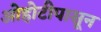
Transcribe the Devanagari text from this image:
ओहोटीपासून